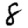
Digit: 8